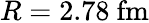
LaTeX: R=2.78\ \mathrm{fm}